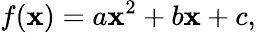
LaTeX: f(\mathbf{x})=a\mathbf{x}^{2}+b\mathbf{x}+c,